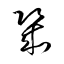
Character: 幾